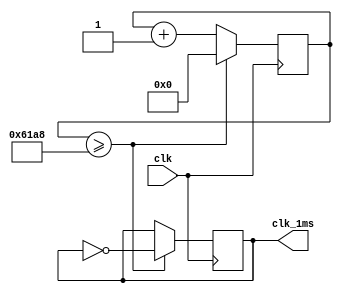
`timescale 1ns / 1ps
//////////////////////////////////////////////////////////////////////////////////
// Company: 
// Engineer: 
// 
// Design Name: 
// Module Name:    timer_1ms 
// Project Name: 
// Target Devices: 
// Tool versions: 
// Description: 
//
// Dependencies: 
//
// Revision: 
// Revision 0.01 - File Created
// Additional Comments: 
//
//////////////////////////////////////////////////////////////////////////////////
module timer_1ms             // generate clk_1ms
	(input wire clk,
	output reg clk_1ms);
	
	reg [15:0] cnt;
	initial begin
	cnt [15:0] <=0;
	clk_1ms <= 0;
	end
	always@(posedge clk)
	if(cnt>=25000) begin
	cnt<=0;
	clk_1ms <= ~clk_1ms;
	end
	else begin
	cnt<=cnt+1;
	end
endmodule